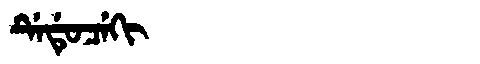
Manchu: ᡩᡝᡩᡠᠴᡝᡴᡳ
Romanization: DEDUCEKI